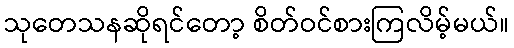
သုတေသနဆိုရင်တော့ စိတ်ဝင်စားကြလိမ့်မယ်။